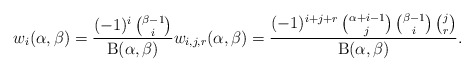
\begin{align*}w_i(\alpha,\beta)=\frac{(-1)^i\,\binom{\beta-1}{i}}{\mathrm{B}(\alpha,\beta)}w_{i,j,r}(\alpha,\beta)=\frac{(-1)^{i+j+r}\,\binom{\alpha+i-1}{j}\,\binom{\beta-1}{i}\,\binom{j}{r}}{\mathrm{B}(\alpha,\beta)}.\end{align*}